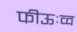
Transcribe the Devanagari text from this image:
फीऊःव्व